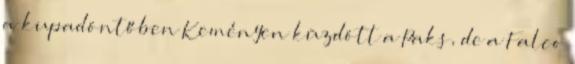
a kupadöntőben Keményen küzdött a Paks, de a Falco